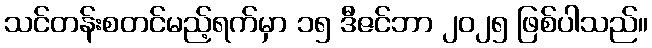
သင်တန်းစတင်မည့်ရက်မှာ ၁၅ ဒီဇင်ဘာ ၂၀၂၅ ဖြစ်ပါသည်။